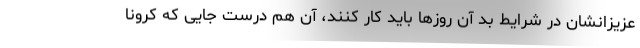
عزیزانشان در شرایط بد آن روزها باید کار کنند، آن هم درست جایی که کرونا